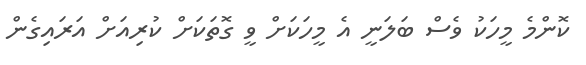
ކޮންމެ މީހަކު ވެސް ބަލަނީ އެ މީހަކަށް ވީ ގޮތަކަށް ކުރިއަށް އަރައިގެން